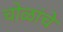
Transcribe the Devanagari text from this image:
चोळांचे